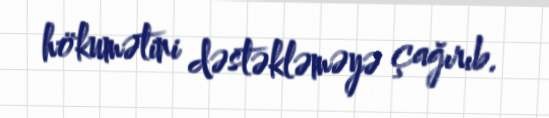
hökumətini dəstəkləməyə çağırıb.